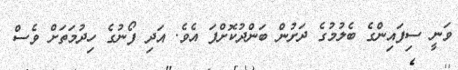
ވަނީ ސިފައިންގެ ބެލުމުގެ ދަށުން ބަންދުކޮށްފަ އެވެ. އަދި ފޯނުގެ ހިދުމަތަށް ވެސް